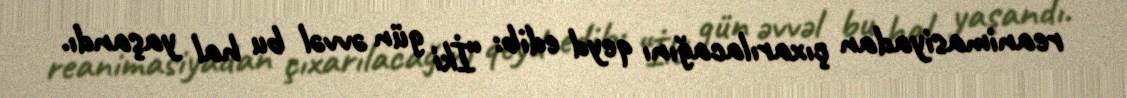
reanimasiyadan çıxarılacağını qeyd edib: “İki gün əvvəl bu hal yaşandı.